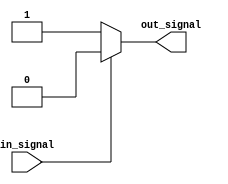
module voltage_level_shifter (
    input wire in_signal,
    output wire out_signal
);

// Detection of input voltage level and translation to appropriate output voltage level
assign out_signal = (in_signal == 1'b0) ? 1'b1 : 1'b0;

endmodule